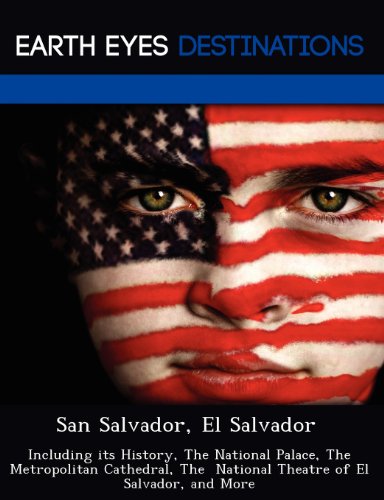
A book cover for San Salvador, El Salvador: Including its History, The National Palace, The Metropolitan Cathedral, The  National Theatre of El Salvador, and More; Sandra Wilkins; Travel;